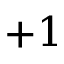
+ 1